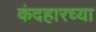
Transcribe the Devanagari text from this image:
कंदहारच्या